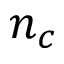
n _ { c }